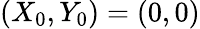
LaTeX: (X_{0},Y_{0})=(0,0)